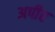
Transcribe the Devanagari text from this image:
अपीर